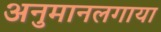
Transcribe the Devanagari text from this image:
अनुमानलगाया